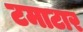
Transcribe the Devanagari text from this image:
टमाटार